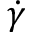
\dot { \gamma }